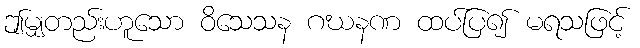
ဤမျှတည်းဟူသော ဝိသေသန ဂဃနဏ ထပ်ပြ၍ မရသဖြင့်